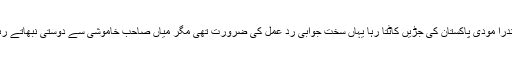
نریندرا مودی پاکستان کی جڑیں کاٹتا رہا یہاں سخت جوابی رد عمل کی ضرورت تھی مگر میاں صاحب خاموشی سے دوستی نبھاتے رہے۔